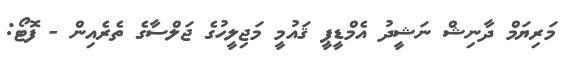
މަރިޔަމް ދާނިޝް ނަޝީދު އެމްޑީޕީ ޤައުމީ މަޖިލީހުގެ ޖަލްސާގެ ތެރެއިން - ފޮޓޯ: